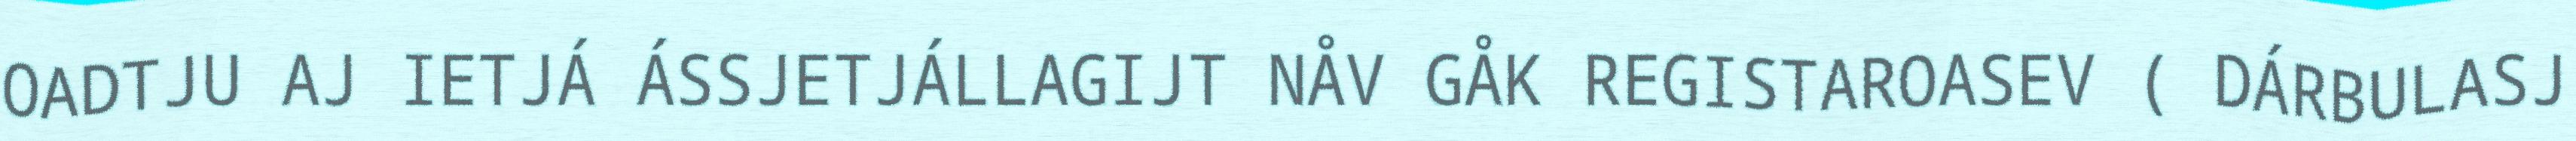
OADTJU AJ IETJÁ ÁSSJETJÁLLAGIJT NÅV GÅK REGISTAROASEV ( DÁRBULASJ